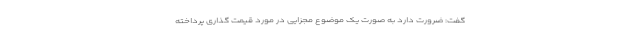
گفت: ضرورت دارد به صورت یک موضوع مجزایی در مورد قیمت گذاری پرداخته